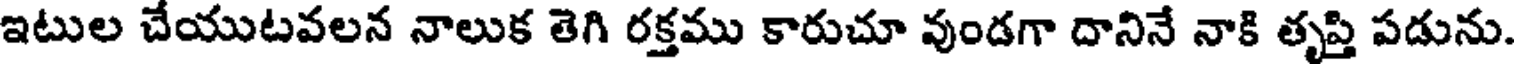
ఇటుల చేయుటవలన నాలుక తెగి రక్తము కారుచూ వుండగా దానినే నాకి తృప్తి పడును.